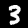
Digit: 3